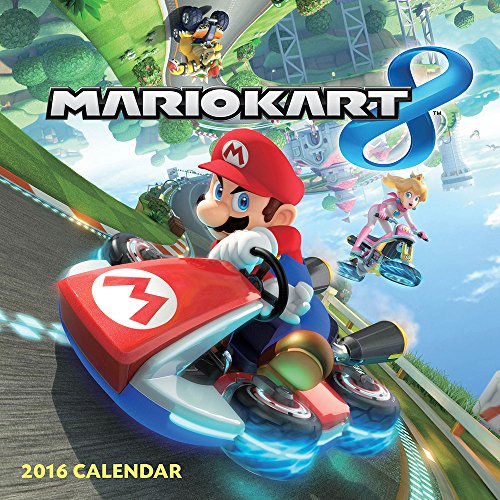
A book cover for Mario Kart 2016 Wall Calendar; Nintendo; Calendars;